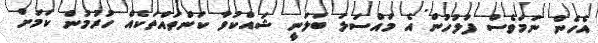
އެހެން ނަމަވެސް ފުލުހުން އެ މައްސަލަ ބަލަނީ ޝައްކުވާ ކަންތައްތަކެއް ހުރުމުން ކަމަށް